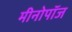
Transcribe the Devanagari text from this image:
मीनोपॉज